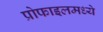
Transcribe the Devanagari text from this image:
प्रोफाइलमध्ये